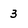
Character: 3